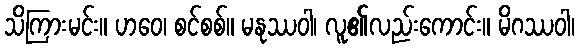
သိကြားမင်း။ ဟဝေ၊ စင်စစ်။ မနုဿဝါ၊ လူ၏လည်းကောင်း။ မိဂဿဝါ၊